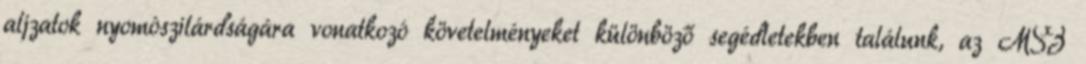
aljzatok nyomószilárdságára vonatkozó követelményeket különböző segédletekben találunk, az MSZ